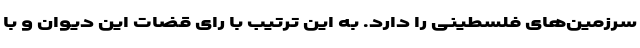
سرزمین‌های فلسطینی را دارد. به این ترتیب با رای قضات این دیوان و با